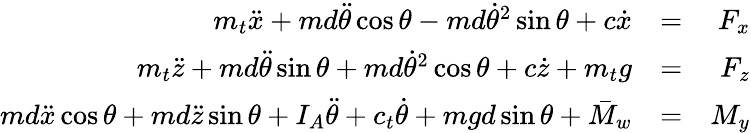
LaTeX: \begin{array}{rlr}{m_{t}\ddot{x}+md\ddot{\theta}\cos\theta-md\dot{\theta}^{2}\sin\theta+c\dot{x}}&{=}&{F_{x}}\\ {m_{t}\ddot{z}+md\ddot{\theta}\sin\theta+md\dot{\theta}^{2}\cos\theta+c\dot{z}+m_{t}g}&{=}&{F_{z}}\\ {md\ddot{x}\cos\theta+md\ddot{z}\sin\theta+I_{A}\ddot{\theta}+c_{t}\dot{\theta}+mgd\sin\theta+\bar{M}_{w}}&{=}&{M_{y}}\end{array}